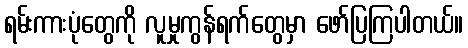
ရမ်းကားပုံတွေကို လူမှုကွန်ရက်တွေမှာ ဖော်ပြကြပါတယ်။